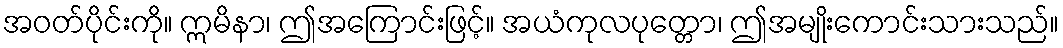
အဝတ်ပိုင်းကို။ ဣမိနာ၊ ဤအကြောင်းဖြင့်။ အယံကုလပုတ္တော၊ ဤအမျိုးကောင်းသားသည်။